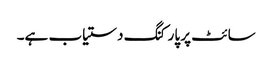
سائٹ پر پارکنگ دستیاب ہے۔